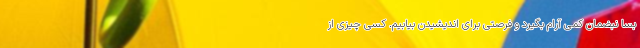
بسا نبضمان کمی آرام بگیرد و فرصتی برای اندیشیدن بیابیم. کسی چیزی از